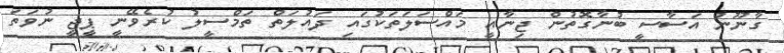
ގާނޫނު އަސާސީ ބުނާގޮތުން ޖިނާއީ މައްސަލަތަކުގައި ދައުލަތް ތަމްސީލު ކުރެވޭނީ ޕީޖީ ނުވަތަ